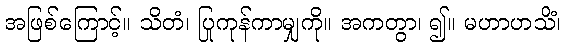
အဖြစ်ကြောင့်။ သိတံ၊ ပြုကုန်ကာမျှကို။ အကတွာ၊ ၍။ မဟာဟသိံ၊